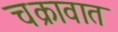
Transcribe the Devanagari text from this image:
चक्रावात